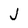
Character: J